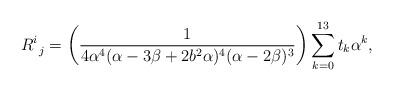
LaTeX: \begin{align*}R^i_{~j}=\bigg(\frac{1}{4\alpha^4(\alpha -3\beta +2b^2\alpha)^4(\alpha -2\beta)^3}\bigg)\sum_{k=0}^{13}t_k\alpha^k,\end{align*}